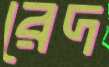
রেদ